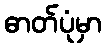
ဓာတ်ပုံမှာ